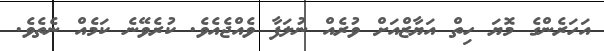
އަހަރެންގެ މޮޔަ ހިތް އަޔާޒްއަށް ވުރެއް ނުލަފާ ވެއްޖެއެވެ. ކުރެވޭނެ ކަމެއް ނެތެވެ.